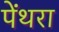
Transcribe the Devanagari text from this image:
पेंथरा